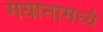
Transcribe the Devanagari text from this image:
गयानामध्ये